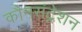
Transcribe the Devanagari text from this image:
कौनसंट्रेशन